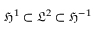
\mathfrak { H } ^ { 1 } \subset \mathfrak { L } ^ { 2 } \subset \mathfrak { H } ^ { - 1 }